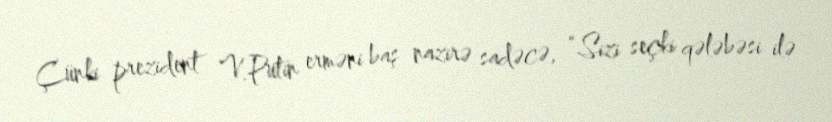
Çünki prezident V.Putin erməni baş nazirə sadəcə, “Sizi seçki qələbəsi ilə